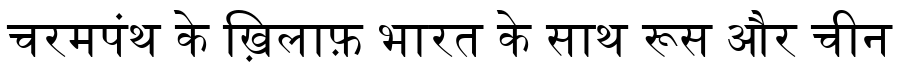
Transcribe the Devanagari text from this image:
चरमपंथ के ख़िलाफ़ भारत के साथ रूस और चीन